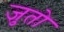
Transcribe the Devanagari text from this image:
जुतो